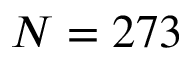
N = 2 7 3